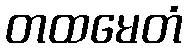
တထမေတံ